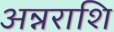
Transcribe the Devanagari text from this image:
अन्नराशि